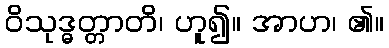
ဝိသုဒ္ဓတ္တာတိ၊ ဟူ၍။ အာဟ၊ ၏။